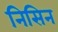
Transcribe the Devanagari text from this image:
निसिन